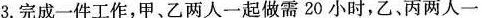
3.完成一件工作，甲、乙两人一起做需20小时，乙、丙两人一